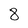
Character: 8